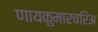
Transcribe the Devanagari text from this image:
णायकुमारचरिअ